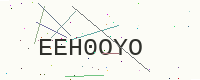
Text: EEH0OYO